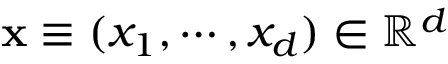
\mathbf { x } \equiv ( x _ { 1 } , \cdots , x _ { d } ) \in \mathbb { R } ^ { d }